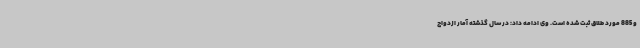
و 885 مورد طلاق ثبت شده است. وی ادامه داد: در سال گذشته آمار ازدواج